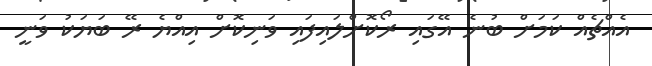
އެއްޗެއް ކަމަށް ބުނެ އޭގައި ރޯކޮށްލައިފައި ވަނިކޮށް އިއްޔެ ރޭ ބަޔަކު ވަނީ